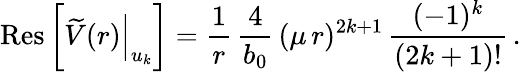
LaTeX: \mathrm{Res}\, \bigg[\widetilde V(r)\Big|_{u_{k}}\bigg]={\frac{1}{r}}\, {\frac{4}{b_{0}}}\, (\mu\, r)^{2k+1}\, {\frac{(-1)^{k}}{(2k+1)!}}\, .